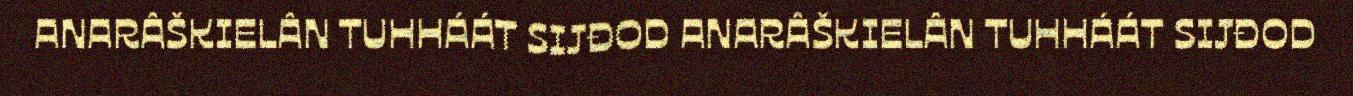
ANARÂŠKIELÂN TUHHÁÁT SIJĐOD ANARÂŠKIELÂN TUHHÁÁT SIJĐOD